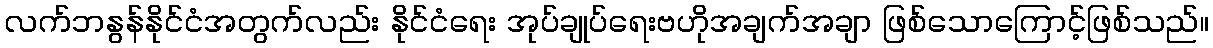
လက်ဘနွန်နိုင်ငံအတွက်လည်း နိုင်ငံရေး အုပ်ချုပ်ရေးဗဟိုအချက်အချာ ဖြစ်သောကြောင့်ဖြစ်သည်။